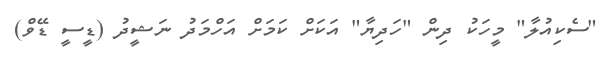
"ސެކިއުލާ" މީހަކު ދިން "ހަދިޔާ" އަކަށް ކަމަށް އަހްމަދު ނަޝީދު (ޑީސީ ޑޭވް)